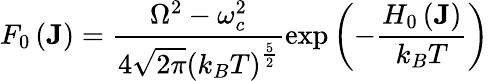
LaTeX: F_{0}\left(\mathbf{J}\right)=\frac{\Omega^{2}-\omega_{c}^{2}}{4\sqrt{2\pi}\left(k_{B}T\right)^{\frac{5}{2}}}\exp\left(-\frac{H_{0}\left(\mathbf{J}\right)}{k_{B}T}\right)